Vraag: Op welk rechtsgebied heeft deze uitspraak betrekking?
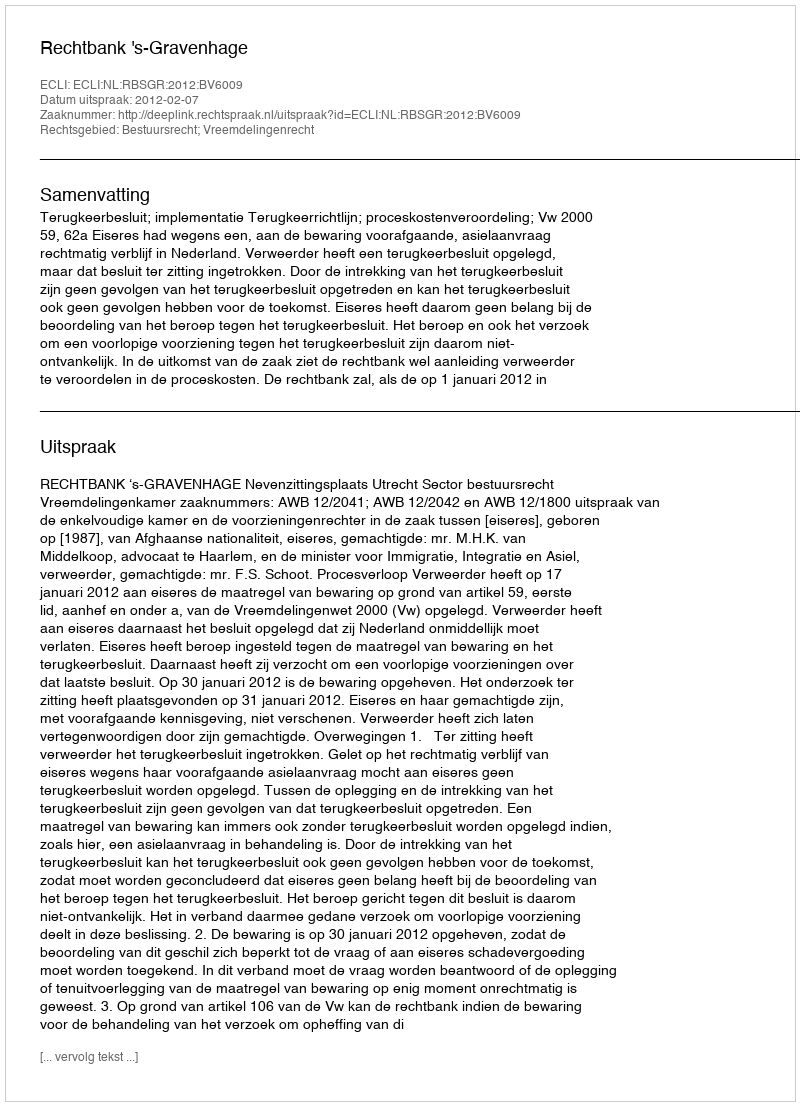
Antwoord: Bestuursrecht; Vreemdelingenrecht